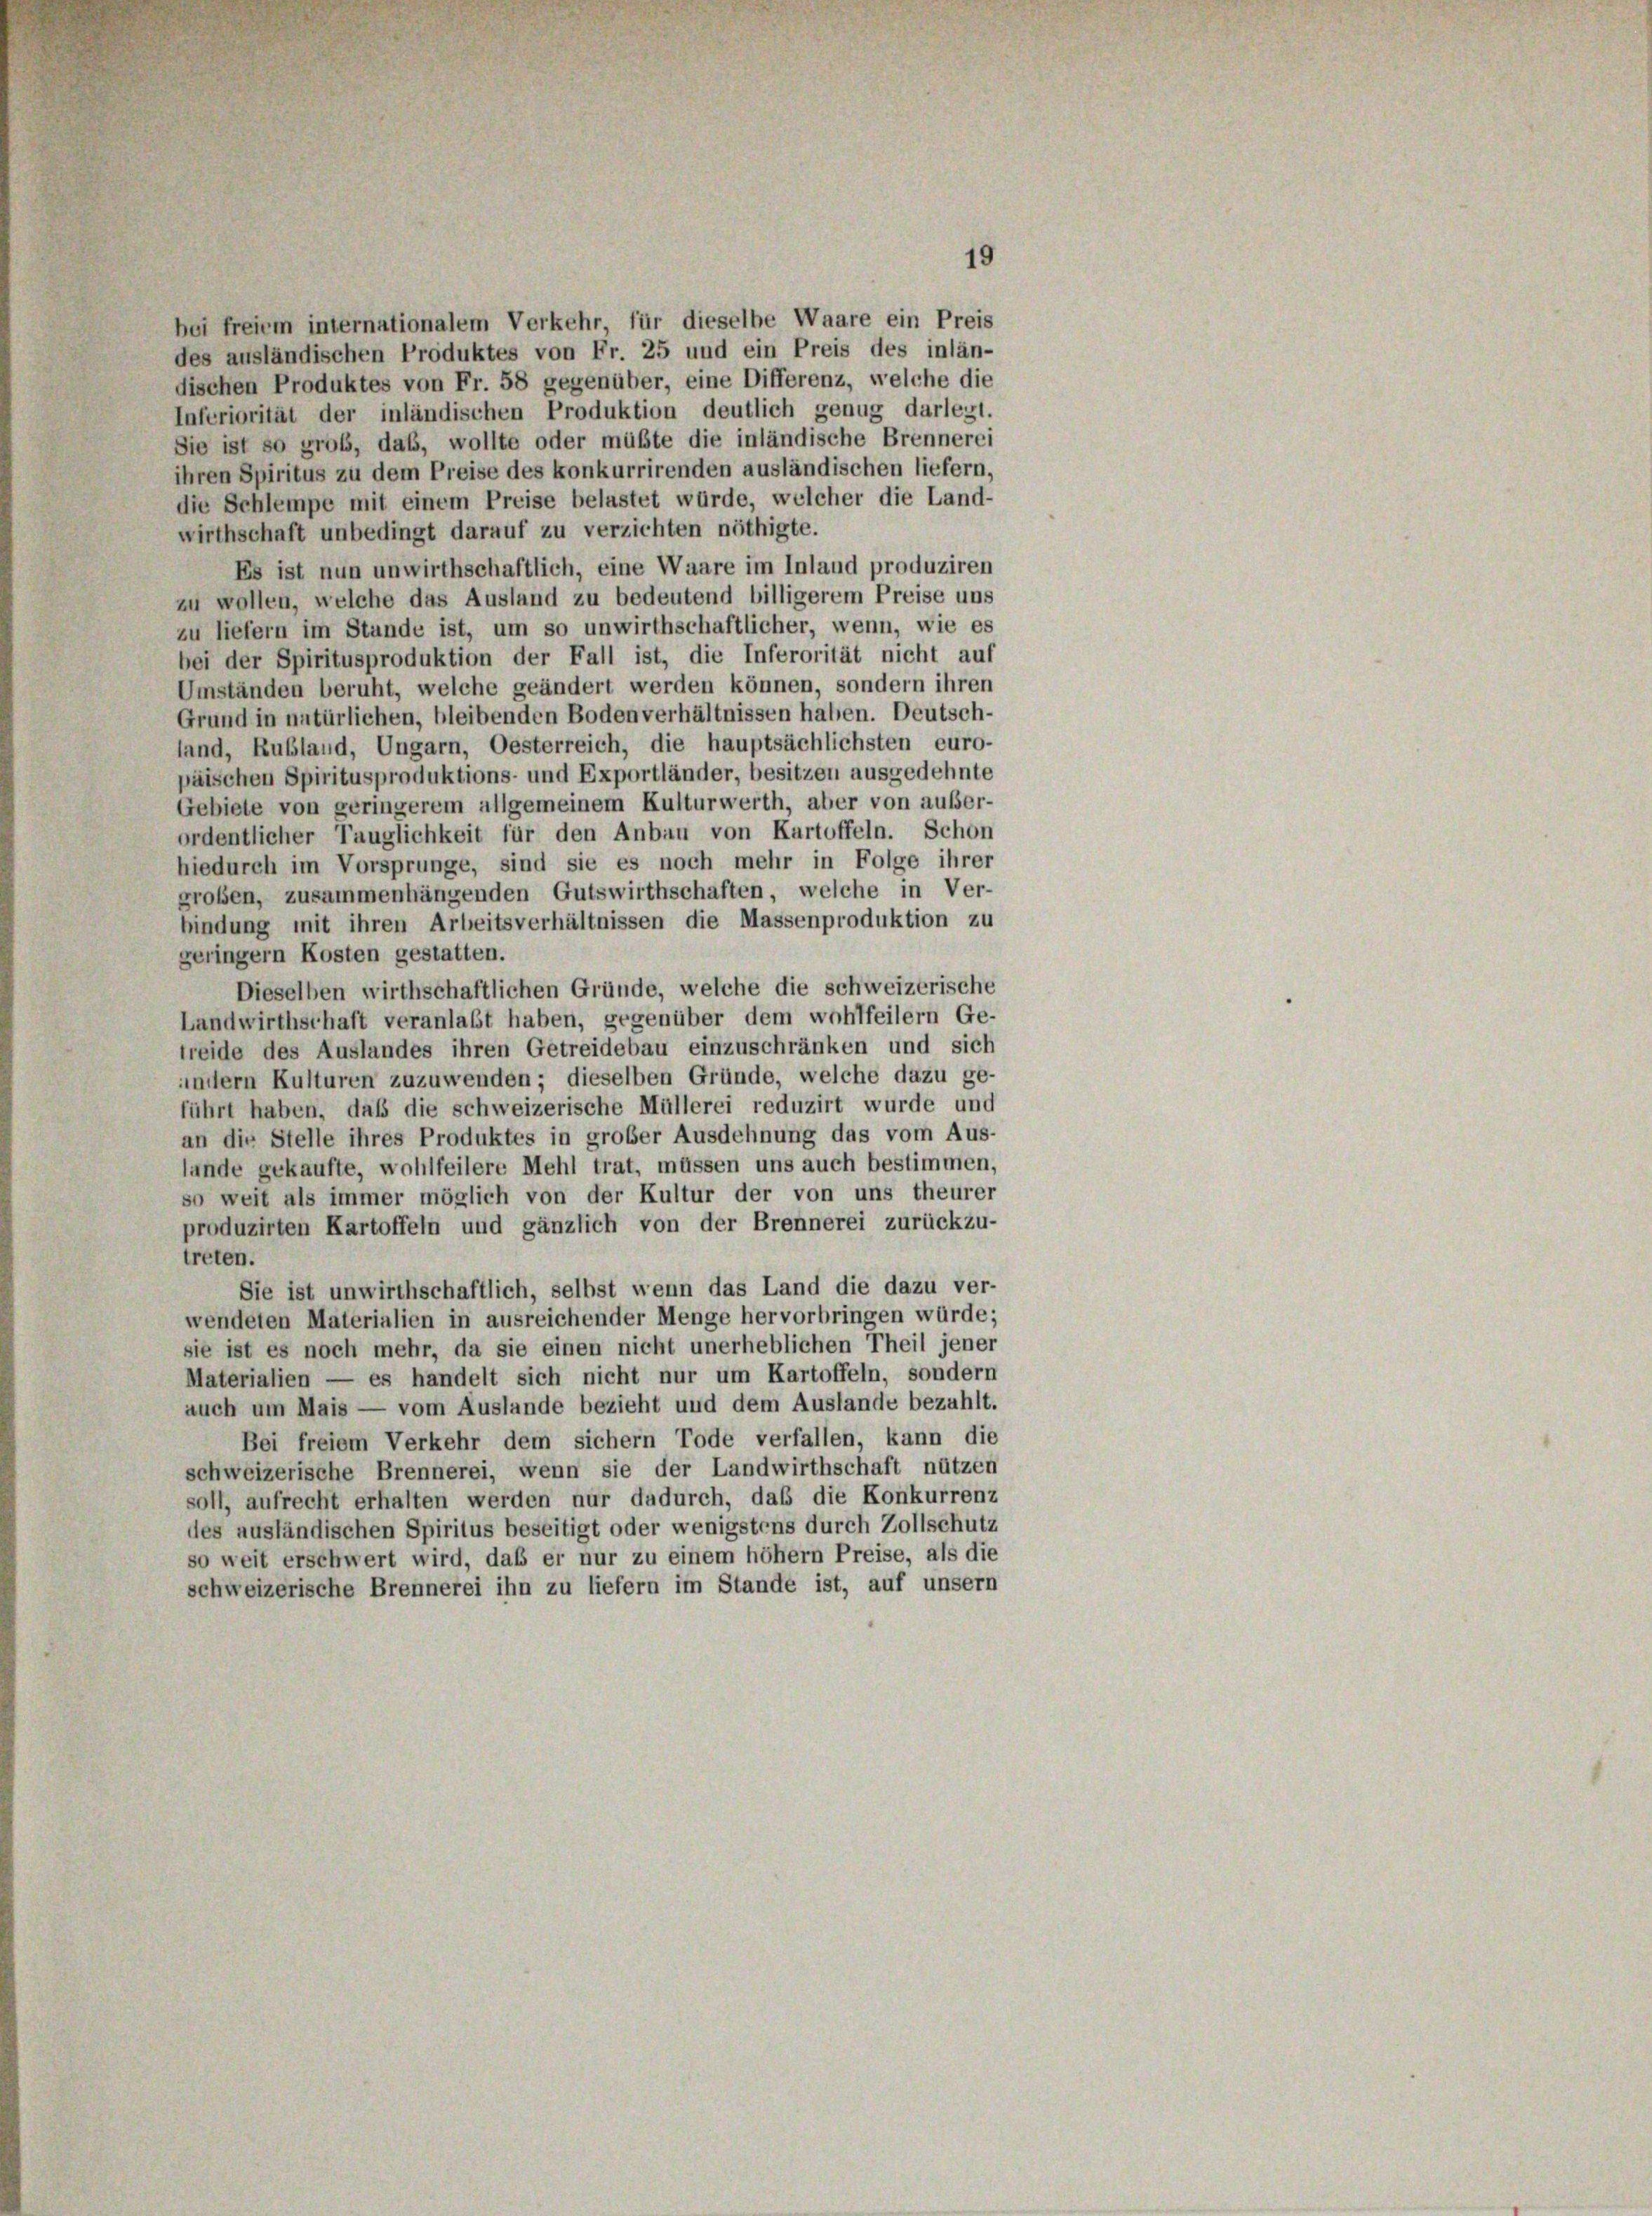
19
bei freiem internationalem Verkehr, für dieselbe Waare ein Preis
des ausländischen Produktes von Fr. 25 und ein Preis des inlän-
dischen Produktes von Fr. 58 gegenüber, eine Differenz, welche die
Inferiorität der inländischen Produktion deutlich genug darlegt.
Sie ist so groß, daß, wollte oder müßte die inländische Brennerei
ihren Spiritus zu dem Preise des konkurrirenden ausländischen liefern,
die Schlempe mit einem Preise belastet würde, welcher die Land-
wirthschaft unbedingt darauf zu verzichten nöthigte.
Es ist nun unwirthschaftlich, eine Waare im Inland produziren
zu wollen, welche das Ausland zu bedeutend billigerem Preise uns
zu liefern im Stande ist, um so unwirthschaftlicher, wenn, wie es
bei der Spiritusproduktion der Fall ist, die Inferorität nicht auf
Umständen beruht, welche geändert werden können, sondern ihren
Grund in natürlichen, bleibenden Bodenverhältnissen haben. Deutsch-
land, Rußland, Ungarn, Oesterreich, die hauptsächlichsten euro-
päischen Spiritusproduktions- und Exportländer, besitzen ausgedehnte
Gebiete von geringerem allgemeinem Kulturwerth, aber von außer-
ordentlicher Tauglichkeit für den Anbau von Kartoffeln. Schon
hiedurch im Vorsprunge, sind sie es noch mehr in Folge ihrer
großen, zusammenhängenden Gutswirthschaften, welche in Ver-
bindung mit ihren Arbeitsverhältnissen die Massenproduktion zu
geringern Kosten gestatten.
Dieselben wirthschaftlichen Gründe, welche die schweizerische
Landwirthschaft veranlaßt haben, gegenüber dem wohlfeilern Ge-
treide des Auslandes ihren Getreidebau einzuschränken und sich
undern Kulturen zuzuwenden; dieselben Gründe, welche dazu ge-
führt haben, daß die schweizerische Müllerei reduzirt wurde und
an die Stelle ihres Produktes in großer Ausdehnung das vom Aus-
lande gekaufte, wohlfeilere Mehl trat, müssen uns auch bestimmen,
so weit als immer möglich von der Kultur der von uns theurer
produzirten Kartoffeln und gänzlich von der Brennerei zurückzu-
treten.
Sie ist unwirthschaftlich, selbst wenn das Land die dazu ver-
wendeten Materialien in ausreichender Menge hervorbringen würde;
sie ist es noch mehr, da sie einen nicht unerheblichen Theil jener
Materialien — es handelt sich nicht nur um Kartoffeln, sondern
auch um Mais — vom Auslande bezieht und dem Auslande bezahlt.
Bei freiem Verkehr dem sichern Tode verfallen, kann die
schweizerische Brennerei, wenn sie der Landwirthschaft nützen
soll, aufrecht erhalten werden nur dadurch, das die Konkurrenz
des ausländischen Spiritus beseitigt oder wenigstens durch Zollschutz
so weit erschwert wird, daß er nur zu einem hohem Preise, als die
schweizerische Brennerei ihn zu liefern im Stande ist, auf unsern